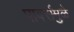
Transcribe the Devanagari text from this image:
पार्क्समुळे